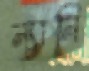
ন্যানি